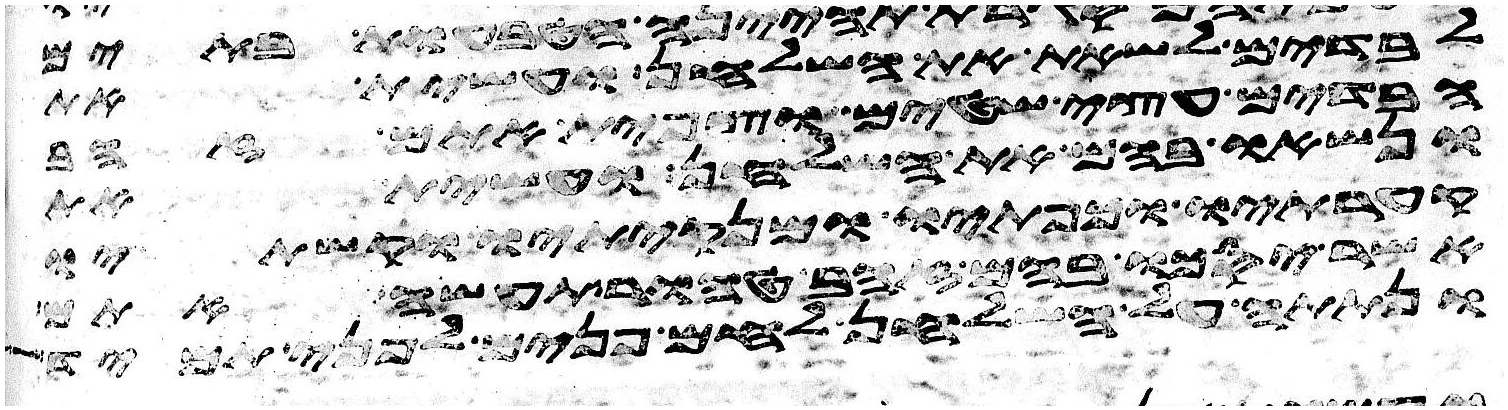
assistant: לבדים לשאת את השלחן ועשית את
הבדים עצי שטים וצפית אתם זהב
ונשאו בהם את השלחן ועשית את
קערתיו וכפתיו ומנקיתיו וקשתיו
אשר יסכו בהם זהב טהור תעשה אתם
ונתתה על השלחן לחם פנים לפני תמיד